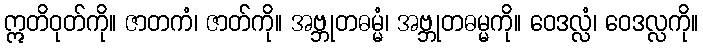
ဣတိဝုတ်ကို။ ဇာတကံ၊ ဇာတ်ကို။ အဗ္ဘုတဓမ္မံ၊ အဗ္ဘုတဓမ္မကို။ ဝေဒလ္လံ၊ ဝေဒလ္လကို။